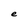
Character: e